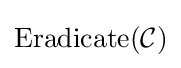
\mathrm {Eradicate} ({\mathcal {C}})